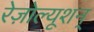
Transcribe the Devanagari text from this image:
रेज़ोल्यूशन्